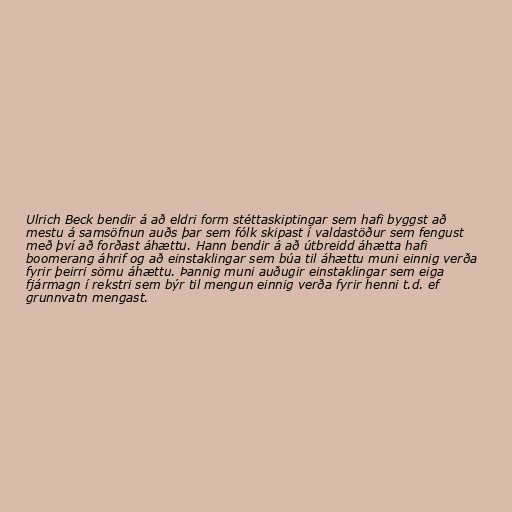
Ulrich Beck bendir á að eldri form stéttaskiptingar sem hafi byggst að
mestu á samsöfnun auðs þar sem fólk skipast í valdastöður sem fengust
með því að forðast áhættu. Hann bendir á að útbreidd áhætta hafi
boomerang áhrif og að einstaklingar sem búa til áhættu muni einnig verða
fyrir þeirri sömu áhættu. Þannig muni auðugir einstaklingar sem eiga
fjármagn í rekstri sem býr til mengun einnig verða fyrir henni t.d. ef
grunnvatn mengast.